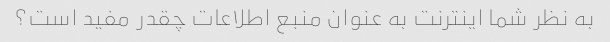
به نظر شما اینترنت به عنوان منبع اطلاعات چقدر مفید است؟